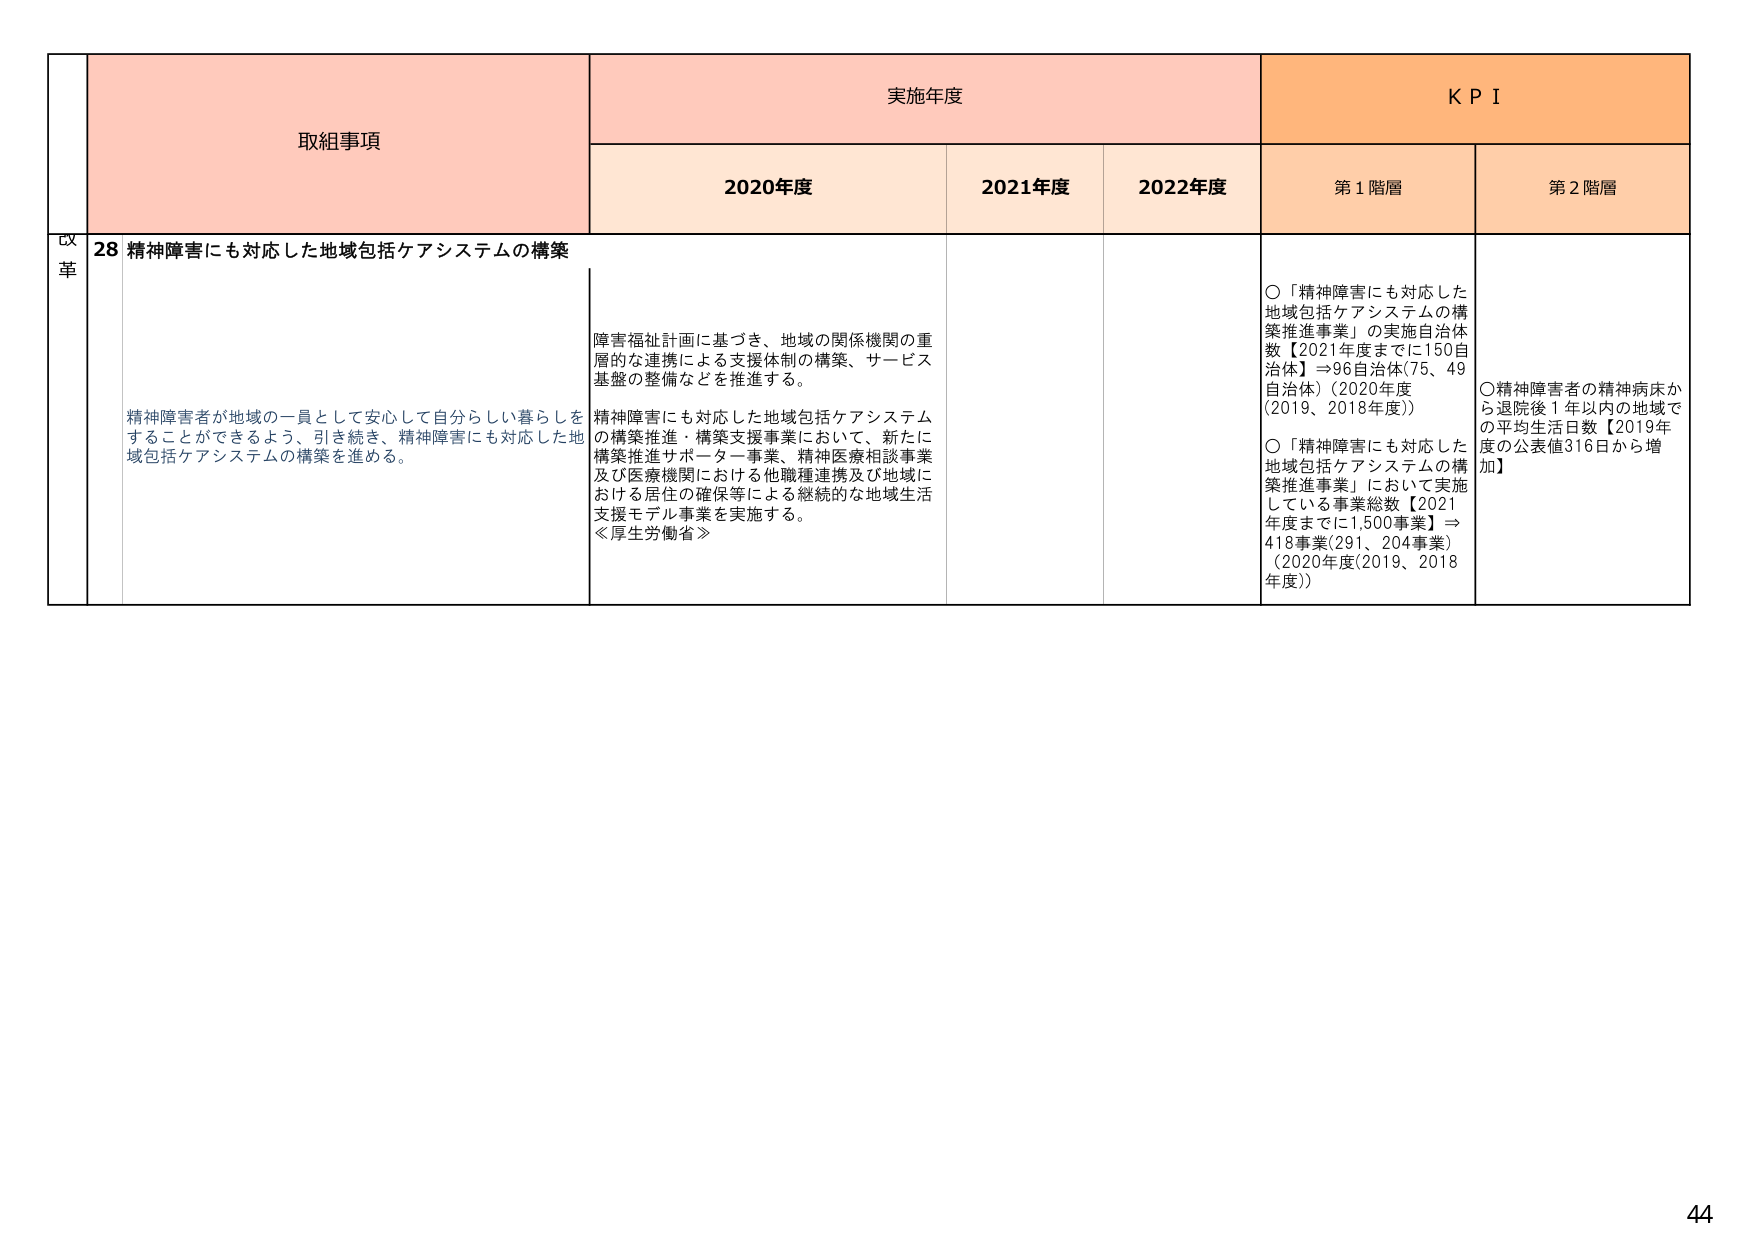
取組事項
実施年度
KPI

2020年度
2021年度
2022年度
第1階層
第2階層

改革
28 精神障害にも対応した地域包括ケアシステムの構築

精神障害者が地域の一員として安心して自分らしい暮らしをすることができるよう、引き続き、精神障害にも対応した地域包括ケアシステムの構築を進める。

障害福祉計画に基づき、地域の関係機関の重層的な連携による支援体制の構築、サービス基盤の整備などを推進する。

精神障害にも対応した地域包括ケアシステムの構築推進・構築支援事業において、新たに構築推進サポーター事業、精神医療相談事業及び医療機関における他職種連携及び地域における居住の確保等による継続的な地域生活支援モデル事業を実施する。
≪厚生労働省≫

○「精神障害にも対応した地域包括ケアシステムの構築推進事業」の実施自治体数【2021年度までに150自治体】⇒96自治体(75、49自治体)（2020年度（2019、2018年度））

○「精神障害にも対応した地域包括ケアシステムの構築推進事業」において実施している事業総数【2021年度までに1,500事業】⇒418事業(291、204事業)（2020年度(2019、2018年度)）

○精神障害者の精神病床から退院後1年以内の地域での平均生活日数【2019年度の公表値316日から増加】

44